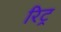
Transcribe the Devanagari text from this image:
रिट्र